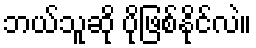
ဘယ်သူဆို ပိုဖြစ်နိုင်လဲ။